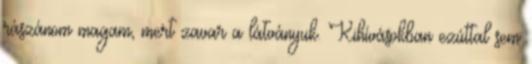
rászánom magam, mert zavar a látványuk. Kihívásokban ezúttal sem